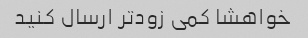
خواهشا کمی زودتر ارسال کنید